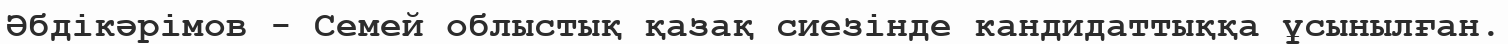
Әбдікәрімов - Семей облыстық қазақ сиезінде кандидаттыққа ұсынылған.